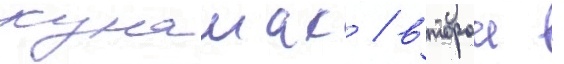
кунашак / второи -